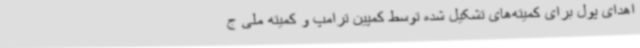
اهدای پول برای کمیته‌های تشکیل شده توسط کمپین ترامپ و کمیته ملی ج